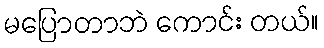
မပြောတာဘဲ ကောင်း တယ်။